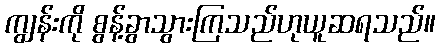
ကျွန်းကို စွန့်ခွာသွားကြသည်ဟုယူဆရသည်။